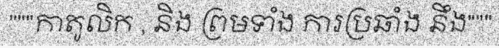
"""កាតូលិក , និង ព្រមទាំង ការប្រឆាំង នឹង"""